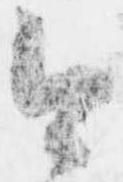
今